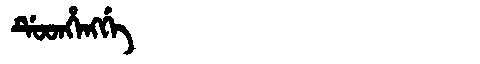
Manchu: ᡩᡠᡨᡥᡝᠩᡤᡝ
Romanization: DUTHENGGE